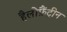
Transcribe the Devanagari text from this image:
हैलोफ़ैंट्रीन